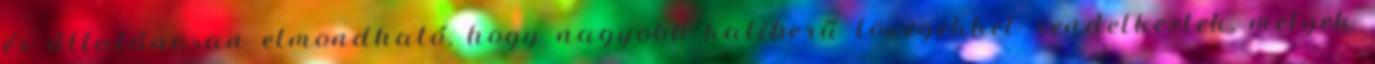
és általánosan elmondható, hogy nagyobb kaliberű lövegekkel rendelkeztek, melyek